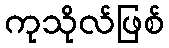
ကုသိုလ်ဖြစ်